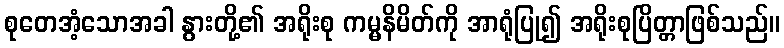
စုတေအံ့သောအခါ နွားတို့၏ အရိုးစု ကမ္မနိမိတ်ကို အာရုံပြု၍ အရိုးစုပြိတ္တာဖြစ်သည်။